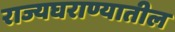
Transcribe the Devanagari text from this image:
राज्यघराण्यातील